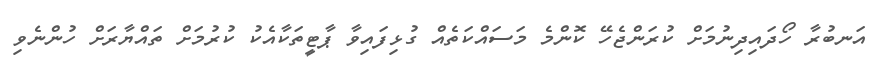
އަނބުރާ ހޯދައިދިނުމަށް ކުރަންޖެހޭ ކޮންމެ މަސައްކަތެއް ގުޅިފައިވާ ޕާޓީތަކާއެކު ކުރުމަށް ތައްޔާރަށް ހުންނެވި